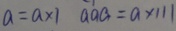
a = a \times 1 a a a = a \times 1 1 1